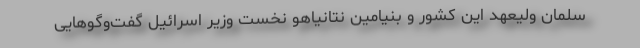
سلمان ولیعهد این کشور و بنیامین نتانیاهو نخست وزیر اسرائیل گفت‌وگوهایی